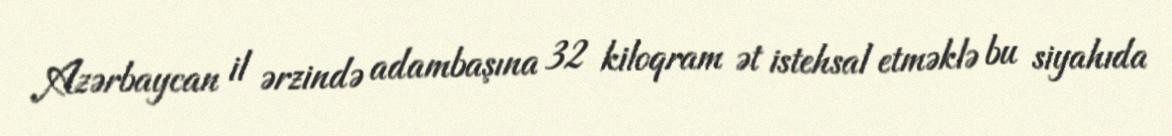
Azərbaycan il ərzində adambaşına 32 kiloqram ət istehsal etməklə bu siyahıda